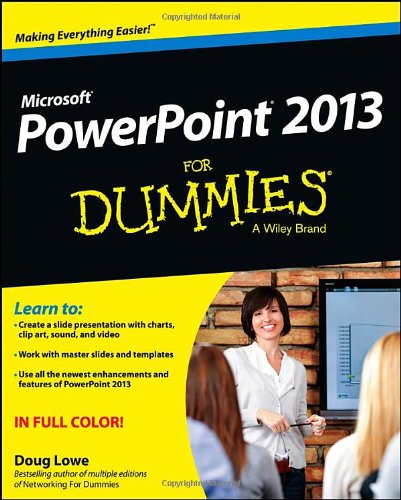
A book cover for PowerPoint 2013 For Dummies; Doug Lowe; Computers & Technology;